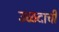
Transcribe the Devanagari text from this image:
उळदाची